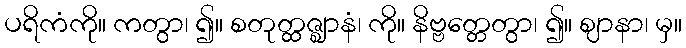
ပရိကံကို။ ကတွာ၊ ၍။ စတုတ္ထဇ္ဈာနံ၊ ကို။ နိဗ္ဗတ္တေတွာ၊ ၍။ ဈာနာ၊ မှ။